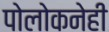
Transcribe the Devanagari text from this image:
पोलोकनेही